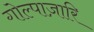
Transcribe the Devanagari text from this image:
गोल्पाज़ारि